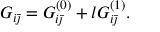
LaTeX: G _ { i \bar { \jmath } } = G _ { i \bar { \jmath } } ^ { ( 0 ) } + l G _ { i \bar { \jmath } } ^ { ( 1 ) } .